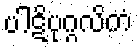
ပါဋိပုဂ္ဂလိကံ